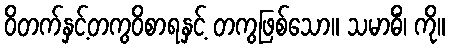
ဝိတက်နှင့်တကွဝိစာရနှင့် တကွဖြစ်သော။ သမာဓိံ၊ ကို။